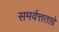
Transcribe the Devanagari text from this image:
समर्वत्तताग्रे